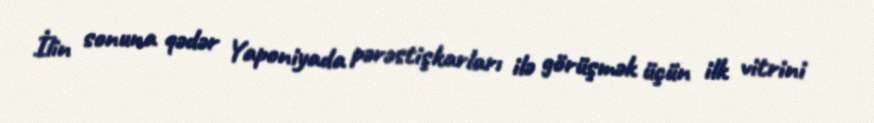
İlin sonuna qədər Yaponiyada pərəstişkarları ilə görüşmək üçün ilk vitrini